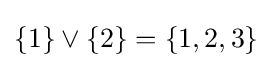
\{1\}\vee \{2\}=\{1,2,3\}